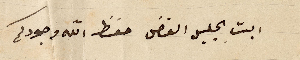
ابتِ الجليل الفاضل حفظ الله وجودكم